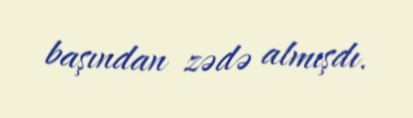
başından zədə almışdı.